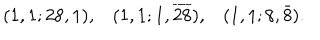
\begin{array} { r r r } { { ( 1 , 1 ; 2 8 , 1 ) , } } & { { ( 1 , 1 ; 1 , \overline { { { 2 8 } } } ) , } } & { { ( 1 , 1 ; 8 , \bar { 8 } ) . } } \\ \end{array}